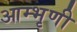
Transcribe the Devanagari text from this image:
आम्भृणी